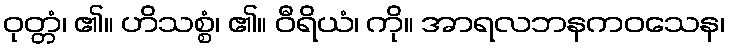
ဝုတ္တံ၊ ၏။ ဟိသစ္စံ၊ ၏။ ဝီရိယံ၊ ကို။ အာရလဘနကဝသေန၊